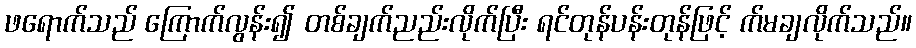
ဖရောက်သည် ကြောက်လွန်း၍ တစ်ချက်ညည်းလိုက်ပြီး ရင်တုန်ပန်းတုန်ဖြင့် က်မချလိုက်သည်။